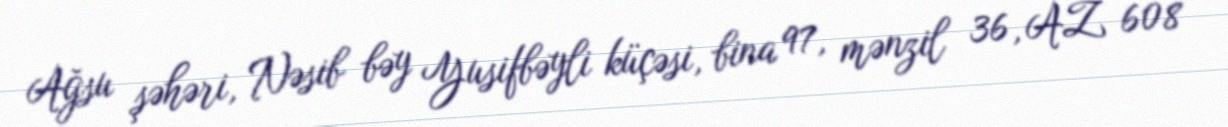
Ağsu şəhəri, Nəsib bəy Yusifbəyli küçəsi, bina 97, mənzil 36, AZ 608